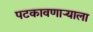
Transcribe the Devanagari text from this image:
पटकावणाऱ्याला